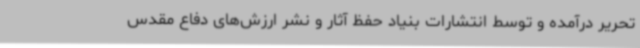
تحریر درآمده و توسط انتشارات بنیاد حفظ آثار و نشر ارزش‌های دفاع مقدس